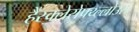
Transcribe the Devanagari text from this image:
हैंस्क्लेरोफ्य्ल्लोउस